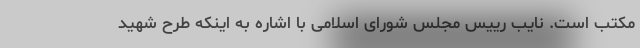
مکتب است. نایب رییس مجلس شورای اسلامی با اشاره به اینکه طرح شهید